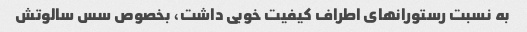
به نسبت رستورانهای اطراف کیفیت خوبی داشت، بخصوص سس سالوتش